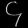
Digit: ၄